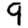
Digit: 9